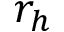
r _ { h }